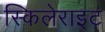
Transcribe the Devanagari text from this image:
स्किलेराइट